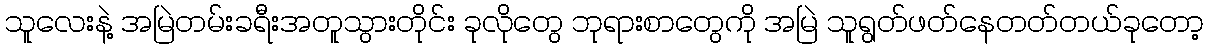
သူလေးနဲ့ အမြဲတမ်းခရီးအတူသွားတိုင်း ခုလိုတွေ ဘုရားစာတွေကို အမြဲ သူရွတ်ဖတ်နေတတ်တယ်ခုတော့